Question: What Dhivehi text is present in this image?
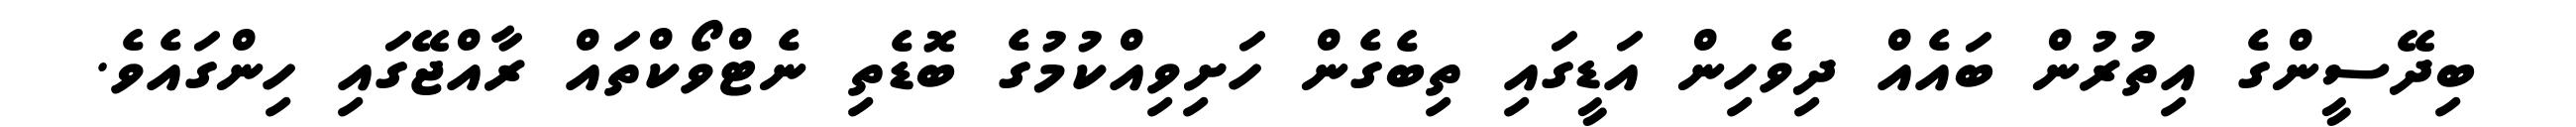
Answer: ބިދޭސީންގެ އިތުރުން ބައެއް ދިވެހިން އަޑީގައި ތިބެގެން ހަށިވިއްކުމުގެ ބޮޑެތި ނެޓްވޯކްތައް ރާއްޖޭގައި ހިންގައެވެ.